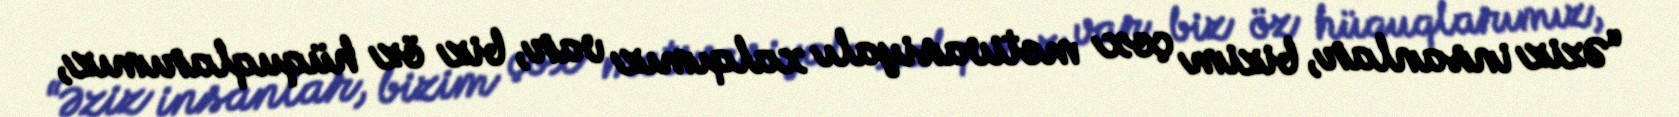
“Əziz insanlar, bizim çox motivasiyalı xalqımız var, biz öz hüquqlarımız,